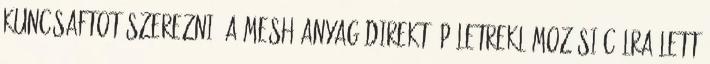
kuncsaftot szerezni. A mesh anyag direkt épületreklámozási célra lett